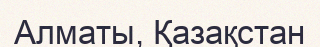
Алматы, Қазақстан